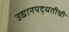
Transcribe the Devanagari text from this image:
उद्यानपद्धतीची